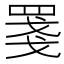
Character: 𦋈